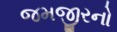
જમજીરનો